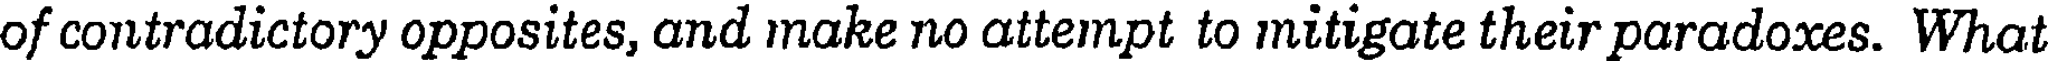
of contradictory opposites, and make no attempt to mitigate their paradoxes. What